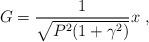
LaTeX: \begin{align*}G = \frac{1}{\sqrt{P^2(1+\gamma^2)}} x \ ,\end{align*}